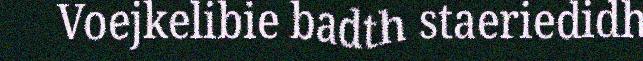
Voejkelibie badth staeriedidh